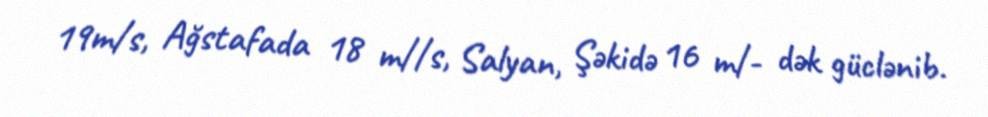
19m/s, Ağstafada 18 m//s, Salyan, Şəkidə 16 m/- dək güclənib.